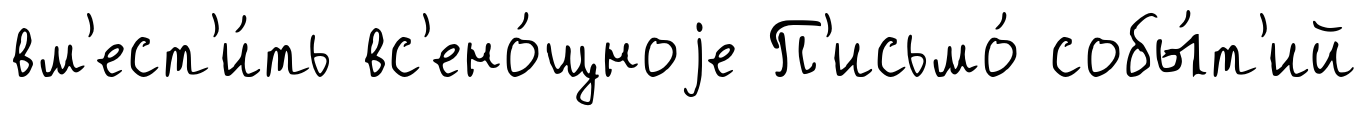
вм'ест'и́ть вс'ено́щноjе П'исьмо́ собы́т'ий